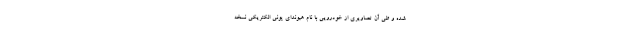
شده و طی آن تصاویری از خودرویی با نام هیوندای پونی الکتریکی نسخه